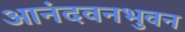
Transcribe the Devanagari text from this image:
आनंदवनभुवन